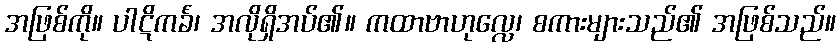
အဖြစ်ကို။ ပါဋိကင်္ခံ၊ အလိုရှိအပ်၏။ ကထာဗာဟုလ္လေ၊ စကားများသည်၏ အဖြစ်သည်။